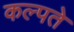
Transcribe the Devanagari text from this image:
कल्पते